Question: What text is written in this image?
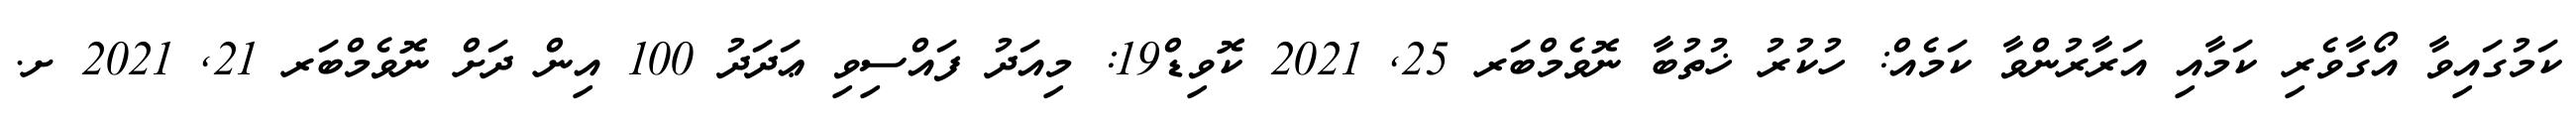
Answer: ކަމުގައިވާ އޯގާވެރި ކަމާއި އަރާރުންވާ ކަމެއް: ހުކުރު ޚުތުބާ ނޮވެމްބަރ 25, 2021 ކޮވިޑް19: މިއަދު ފައްސިވި ޢަދަދު 100 އިން ދަށް ނޮވެމްބަރ 21, 2021 ށ.